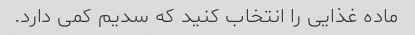
ماده غذایی را انتخاب کنید که سدیم کمی دارد.